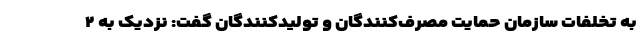
به تخلفات سازمان حمایت مصرف‌کنندگان و تولیدکنندگان گفت: نزدیک به ۲